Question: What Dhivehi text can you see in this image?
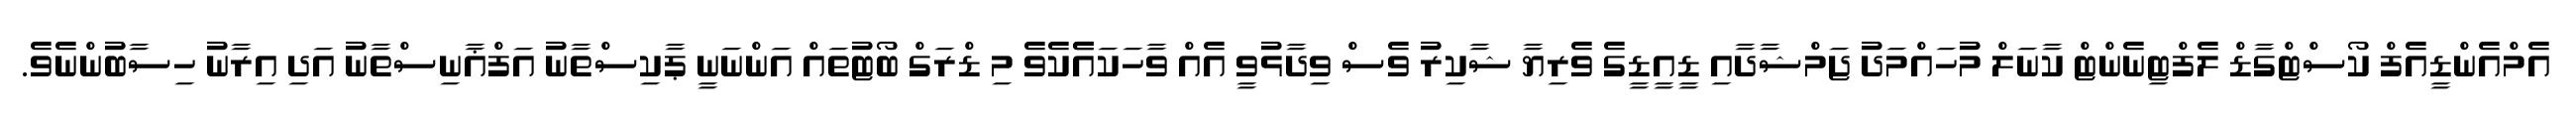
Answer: އެމްއެންޑީއެފް ކޯސްޓްގާޑް ލެފްޓިނެންޓް ކާނަލް މުހައްމަދު ޖަމްޝާދާއި ޑީއީޑީގެ ވެރިޔާ ޝާކިރު ވެސް ވިދާޅުވީ އެއް ވާހަކައެެކެވެ މި ޑްރަގް ބޯޓުތައް އަންނަނީ ޕާކިސްތާނު އަފްޣާނިސްތާނު އަދި އިރާނު ހިސާބުންނެވެ.